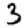
Digit: 3